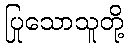
ပြုသောသူတို့